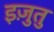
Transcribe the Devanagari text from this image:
इज़ुतु